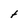
Character: t